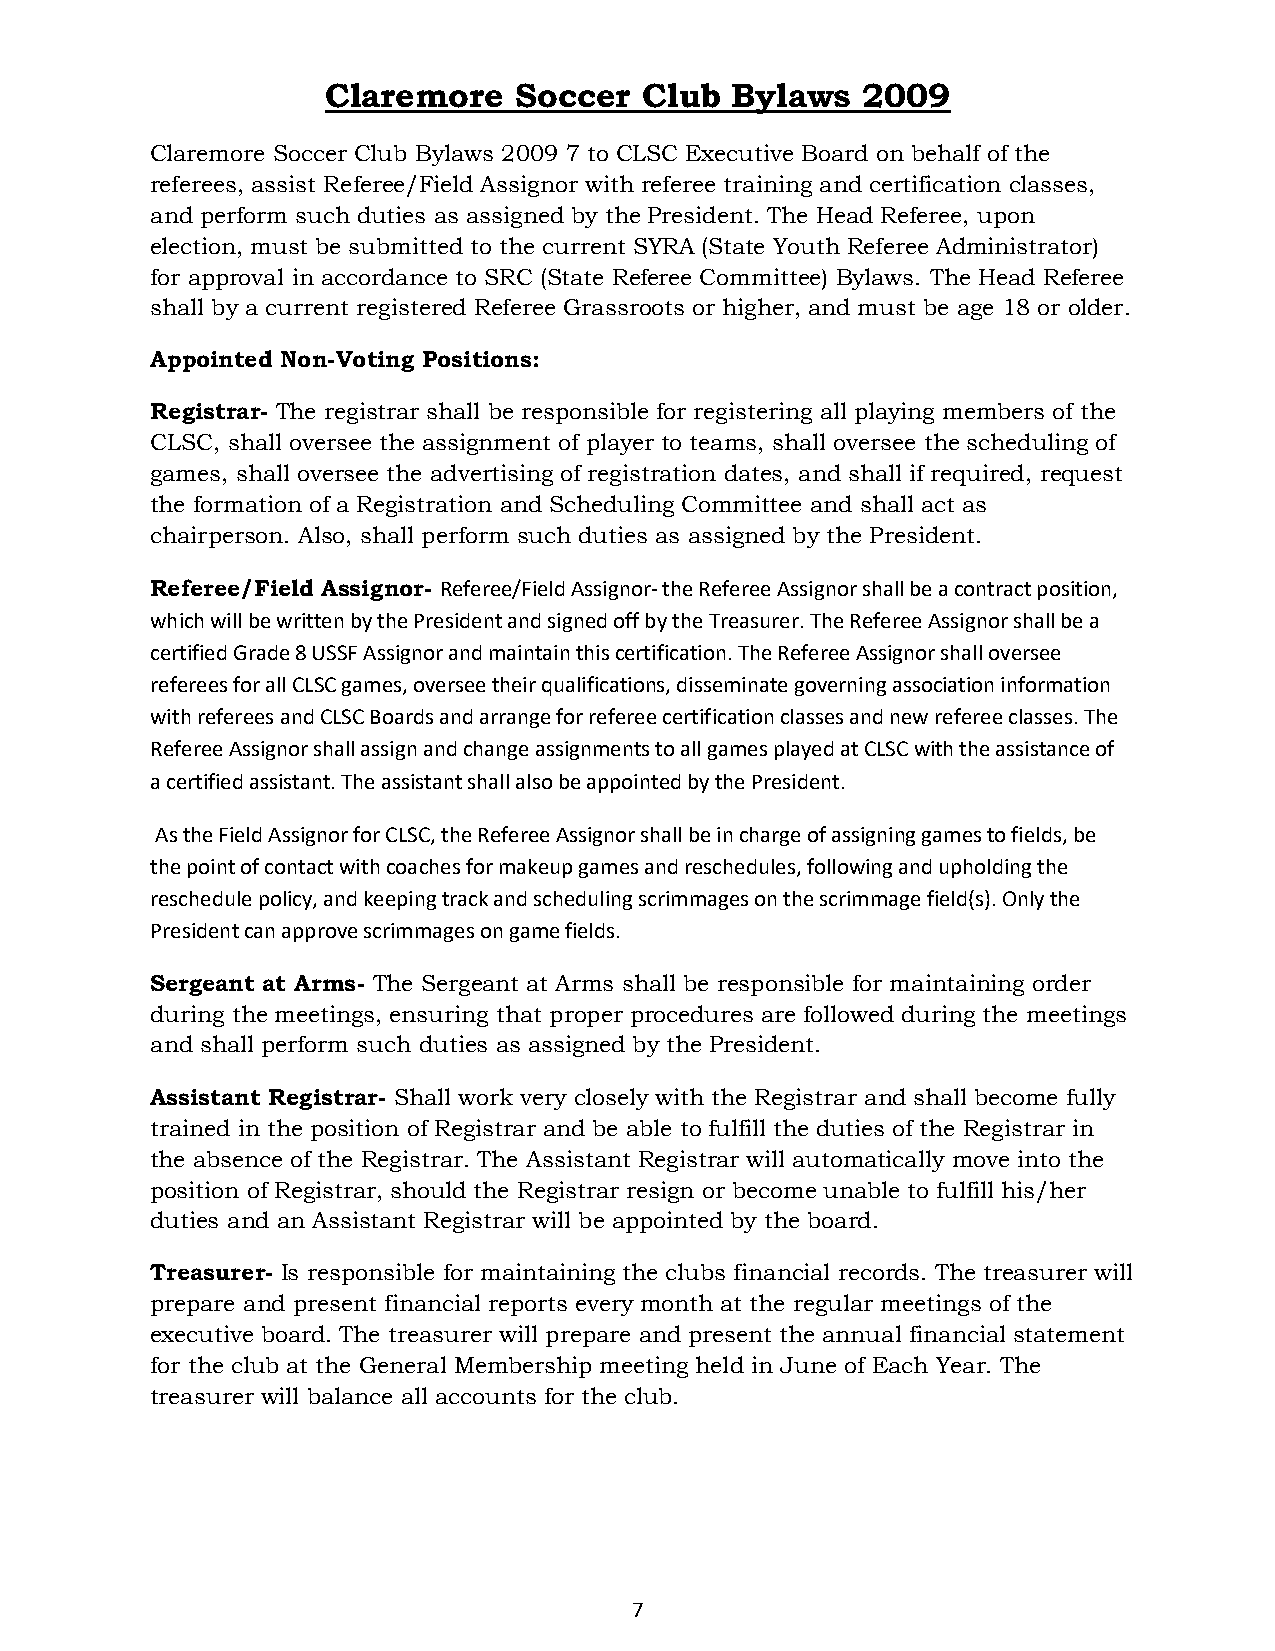
Claremore   Soccer   Club Bylaws   2009
 Claremore Soccer Club Bylaws 2009 7 to CLSC Executive Board on behalf of the
 referees, assist Referee/Field Assignor with referee training and certification classes,
 and perform such duties as assigned by the President. The Head Referee, upon
 election, must be submitted to the current SYRA (State Youth Referee Administrator)
 for approval in accordance to SRC (State Referee Committee) Bylaws. The Head Referee
 shall by a current registered Referee Grassroots or higher, and must be age 18 or older.
 Appointed Non-Voting Positions:
 Registrar- The registrar shall be responsible for registering all playing members of the
 CLSC, shall oversee the assignment of player to teams, shall oversee the scheduling of
 games, shall oversee the advertising of registration dates, and shall if required, request
 the formation of a Registration and Scheduling Committee and shall act as
 chairperson. Also, shall perform such duties as assigned by the President.
 Referee/Field Assignor- Referee/Field Assignor- the Referee Assignor shall be a contract position,
 which will be written by the President and signed off by the Treasurer. The Referee Assignor shall be a
 certified Grade 8 USSF Assignor and maintain this certification. The Referee Assignor shall oversee
 referees for all CLSC games, oversee their qualifications, disseminate governing association information
 with referees and CLSC Boards and arrange for referee certification classes and new referee classes. The
 Referee Assignor shall assign and change assignments to all games played at CLSC with the assistance of
 a certified assistant. The assistant shall also be appointed by the President.
 As the Field Assignor for CLSC, the Referee Assignor shall be in charge of assigning games to fields, be
 the point of contact with coaches for makeup games and reschedules, following and upholding the
 reschedule policy, and keeping track and scheduling scrimmages on the scrimmage field(s). Only the
 President can approve scrimmages on game fields.
 Sergeant at Arms- The Sergeant at Arms shall be responsible for maintaining order
 during the meetings, ensuring that proper procedures are followed during the meetings
 and shall perform such duties as assigned by the President.
 Assistant Registrar- Shall work very closely with the Registrar and shall become fully
 trained in the position of Registrar and be able to fulfill the duties of the Registrar in
 the absence of the Registrar. The Assistant Registrar will automatically move into the
 position of Registrar, should the Registrar resign or become unable to fulfill his/her
 duties and an Assistant Registrar will be appointed by the board.
 Treasurer- Is responsible for maintaining the clubs financial records. The treasurer will
 prepare and present financial reports every month at the regular meetings of the
 executive board. The treasurer will prepare and present the annual financial statement
 for the club at the General Membership meeting held in June of Each Year. The
 treasurer will balance all accounts for the club.
 7